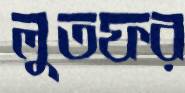
লুতফর